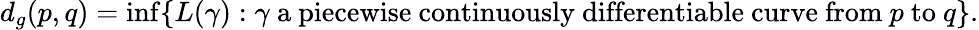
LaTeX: d_{g}(p,q)=\operatorname*{inf}\{ L(\gamma):\gamma{\mathrm{~a~piecewise~continuously~differentiable~curve~from~}}p{\mathrm{~to~}}q\} .